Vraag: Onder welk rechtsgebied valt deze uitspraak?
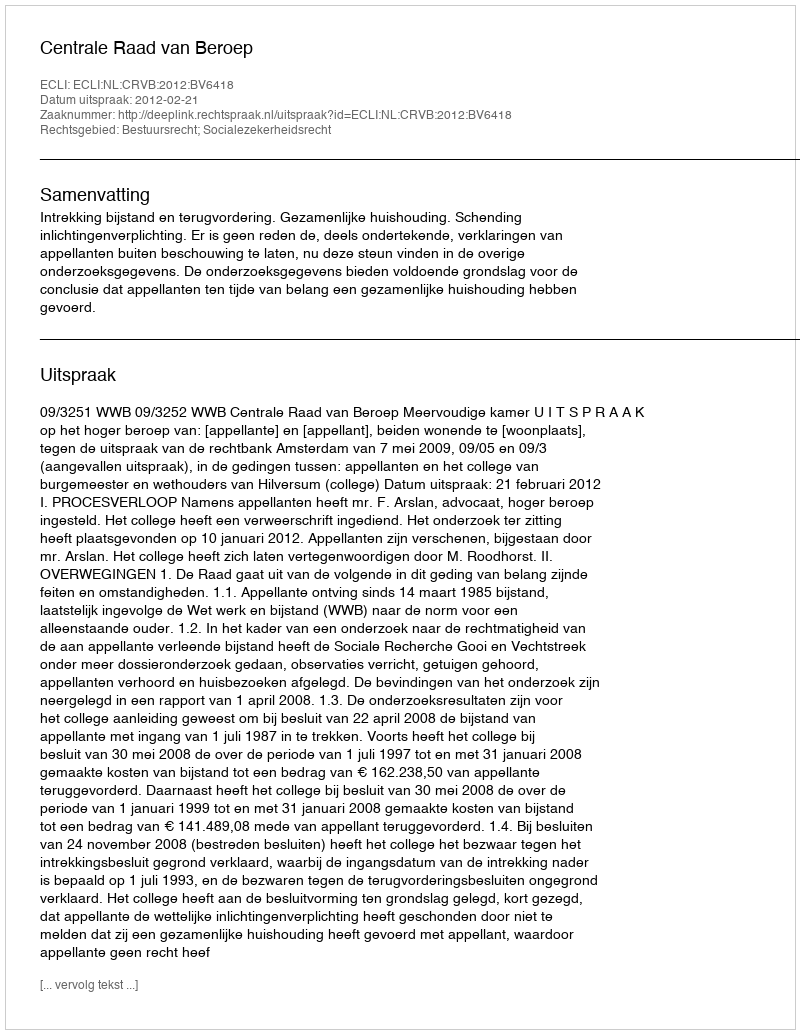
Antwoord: Bestuursrecht; Socialezekerheidsrecht